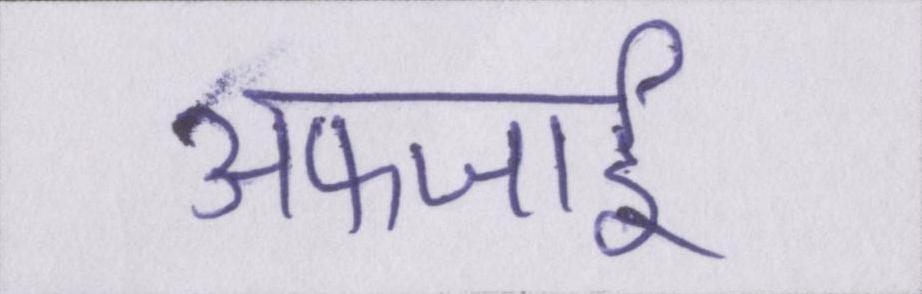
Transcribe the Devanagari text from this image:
अफजाई